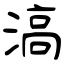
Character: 滈